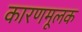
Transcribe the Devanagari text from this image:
कारणमूलक